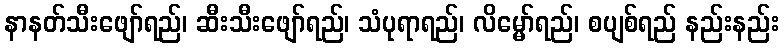
နာနတ်သီးဖျော်ရည်၊ ဆီးသီးဖျော်ရည်၊ သံပုရာရည်၊ လိမ္မော်ရည်၊ စပျစ်ရည် နည်းနည်း